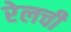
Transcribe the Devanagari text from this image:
रेलची